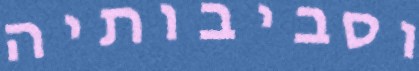
וסביבותיה